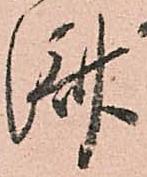
済